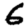
Digit: 6